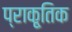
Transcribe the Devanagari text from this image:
प्राकृ्तिक